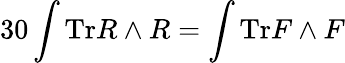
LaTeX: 30\int{\mathrm{Tr}R\wedge R}=\int{\mathrm{Tr}F\wedge F}